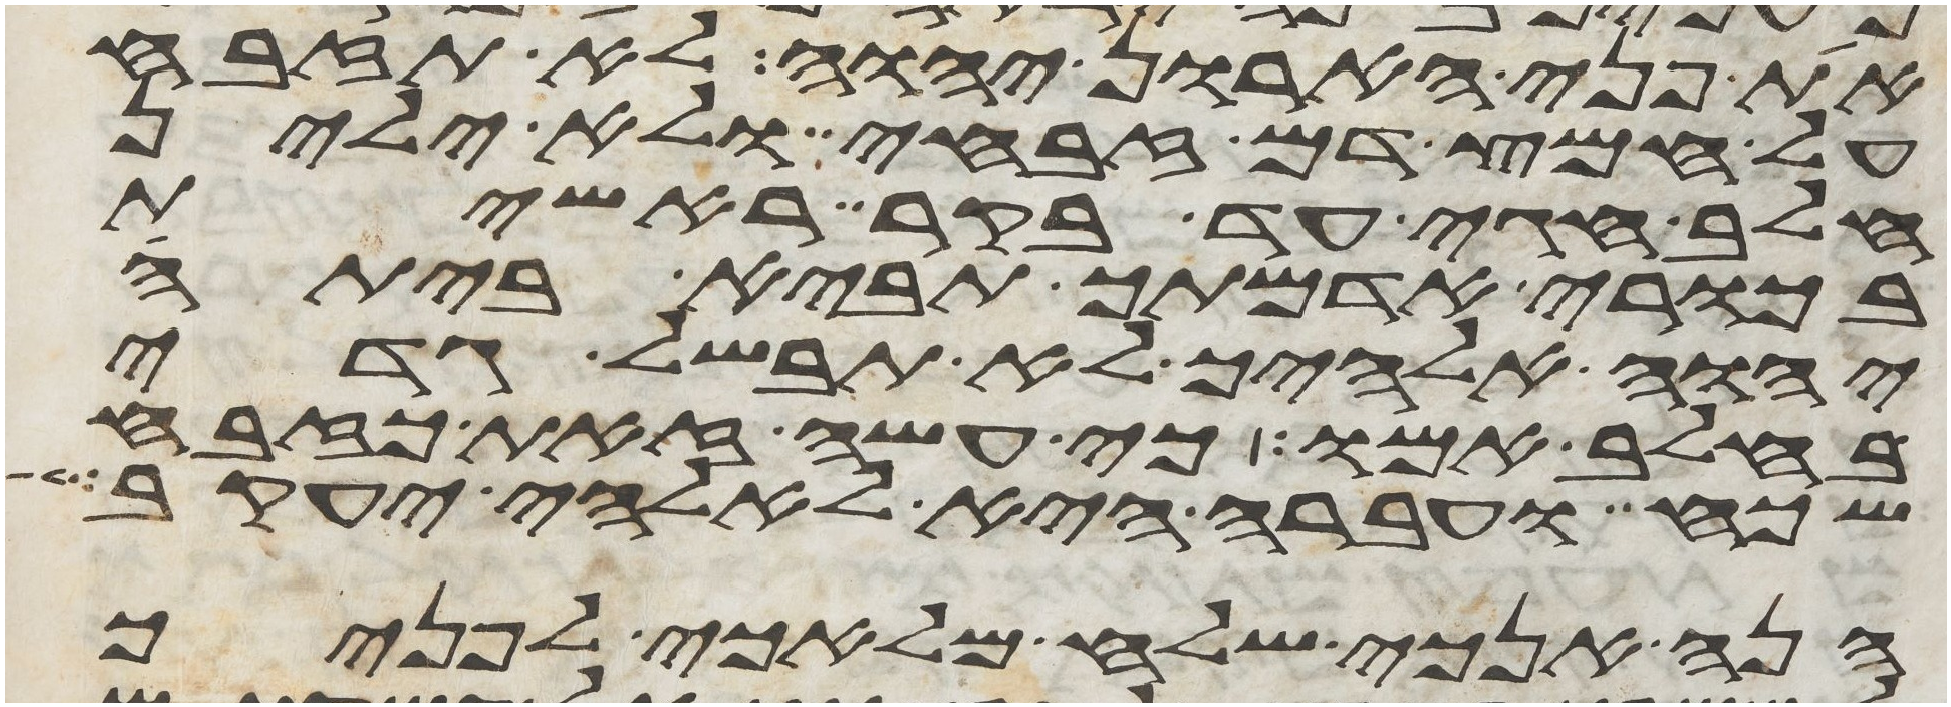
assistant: את פני הארון יהוה לא תזבח
על חמץ דם זבחי ולא ילין
חלב חגי עד בקר ראשית
בכורי אדמתך תביא ביתה
יהוה אלהיך לא תבשל גדי
בחלב אמו כי עשה זאת כזבח
שכח ועברה היא לאלהי יעקב
הנה אנכי שלח מלאכי לפניך